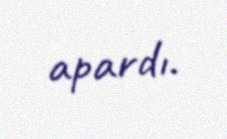
apardı.